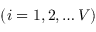
( i = 1 , 2 , \dots V )